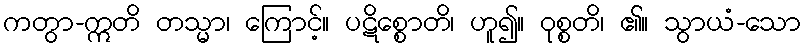
ကတွာ-ဣတိ တသ္မာ၊ ကြောင့်။ ပဋိစ္စောတိ၊ ဟူ၍။ ဝုစ္စတိ၊ ၏။ သွာယံ-သော